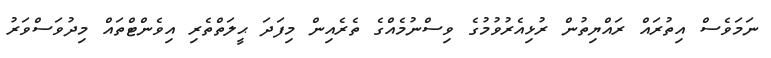
ނަމަވެސް އިތުރައް ރައްޔިތުން ރުޅިއެރުވުމުގެ ވިސްނުމެއްގެ ތެރެއިން މިފަދަ ޙީލަތްތެރި އިވެންޓްތައް މިދުވަސްވަރު